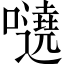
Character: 𡃺